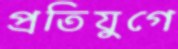
প্রতিযুগে